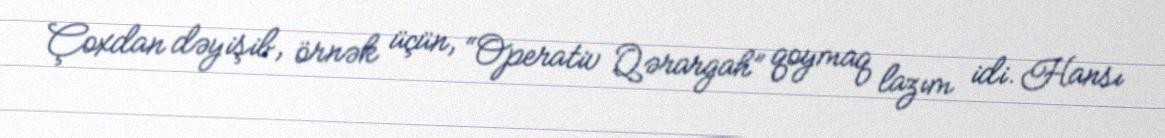
Çoxdan dəyişib, örnək üçün, “Operativ Qərargah” qoymaq lazım idi. Hansı